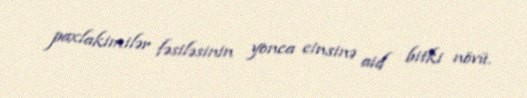
paxlakimilər fəsiləsinin yonca cinsinə aid bitki növü.